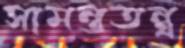
সামন্ততন্ত্র